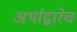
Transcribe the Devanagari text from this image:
अर्थाद्वारेच